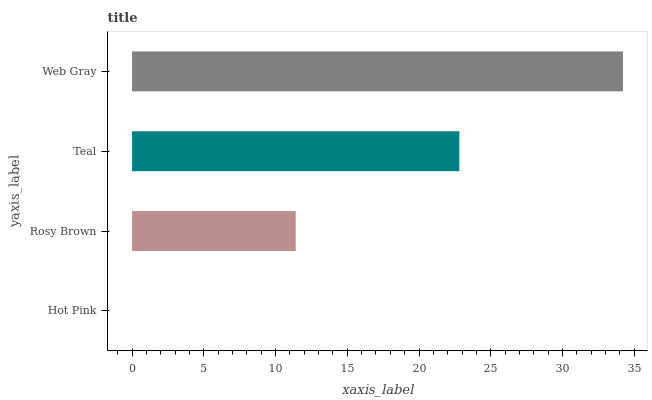
| yaxis_label | bars |
 | --- | --- |
 | Hot Pink | 0 |
 | Rosy Brown | 11.4 |
 | Teal | 22.8 |
 | Web Gray | 34.2 |